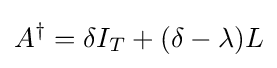
A^{\dagger }=\delta I_{T}+(\delta -\lambda )L